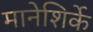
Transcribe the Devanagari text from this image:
मानेशिर्के